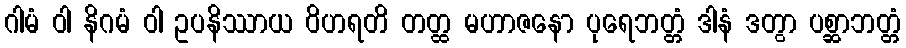
ဂါမံ ဝါ နိဂမံ ဝါ ဥပနိဿာယ ဝိဟရတိ တတ္ထ မဟာဇနော ပုရေဘတ္တံ ဒါနံ ဒတွာ ပစ္ဆာဘတ္တံ